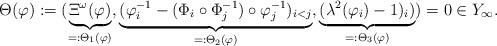
LaTeX: \begin{align*}\Theta(\varphi):=(\underbrace{\Xi^{\omega}(\varphi)}_{=:\Theta_1(\varphi)},\underbrace{(\varphi_i^{-1}-(\Phi_i\circ\Phi_j^{-1})\circ\varphi_j^{-1})_{i<j}}_{=:\Theta_2(\varphi)}, \underbrace{(\lambda^2(\varphi_i)-1)_i)}_{=:\Theta_3(\varphi)})=0\in Y_{\infty}.\end{align*}